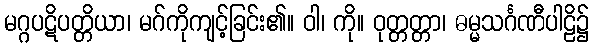
မဂ္ဂပဋိပတ္တိယာ၊ မဂ်ကိုကျင့်ခြင်း၏။ ဝါ၊ ကို။ ဝုတ္တတ္တာ၊ ဓမ္မသင်္ဂဏီပါဠိ၌